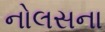
નોલસના